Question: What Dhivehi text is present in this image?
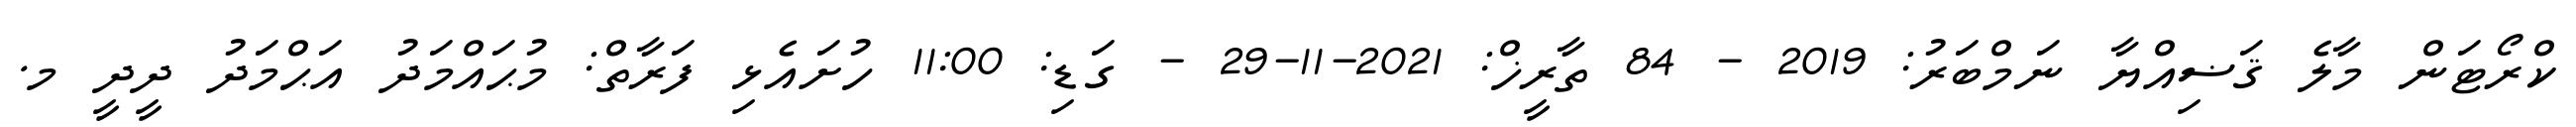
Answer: ކްރޯޓަން މާލެ ޤަޟިއްޔާ ނަމްބަރު: 2019 - 84 ތާރީޚް: 2021-11-29 - ގަޑި: 11:00 ހުށައެޅި ފަރާތް: މުޙައްމަދު އަޙްމަދު ދީދީ މ.